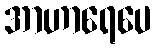
အာဟာရေပေ